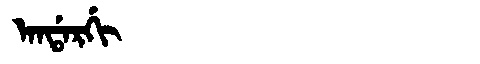
Manchu: ᠠᠨᡩᠠᡵᡤᡳ
Romanization: ANDARGI